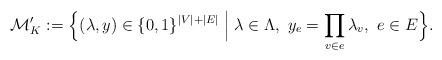
LaTeX: \begin{align*}\mathcal{M}'_K := \Bigl\{(\lambda,y) \in \{0, 1\}^{|V| + |E|} \Bigm| \lambda \in \Lambda ,\ y_e = \prod_{v \in e}\lambda_v,\ e\in E \Bigr\}.\end{align*}